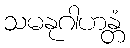
သမနုဂါဟန္တံ